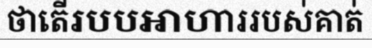
ថាតើរបបអាហាររបស់គាត់